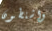
واشنطون